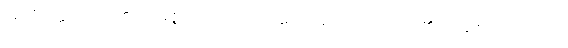
အာဒိတ္တော၊ ရဲရဲငြိ၏။ သမ္ပဇ္ဇလိကော၊ အလျှံပြောင်ပြောင် တောက်၏။ သဇောတိဘူတော၊